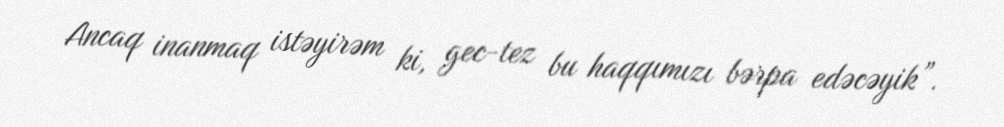
Ancaq inanmaq istəyirəm ki, gec-tez bu haqqımızı bərpa edəcəyik”.